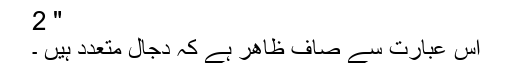
" 2
اس عبارت سے صاف ظاھر ہے كہ دجال متعدد ہیں ۔